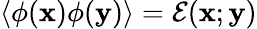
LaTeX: \langle\phi(\mathbf{x})\phi(\mathbf{y})\rangle=\mathcal{E}(\mathbf{x};\mathbf{y})